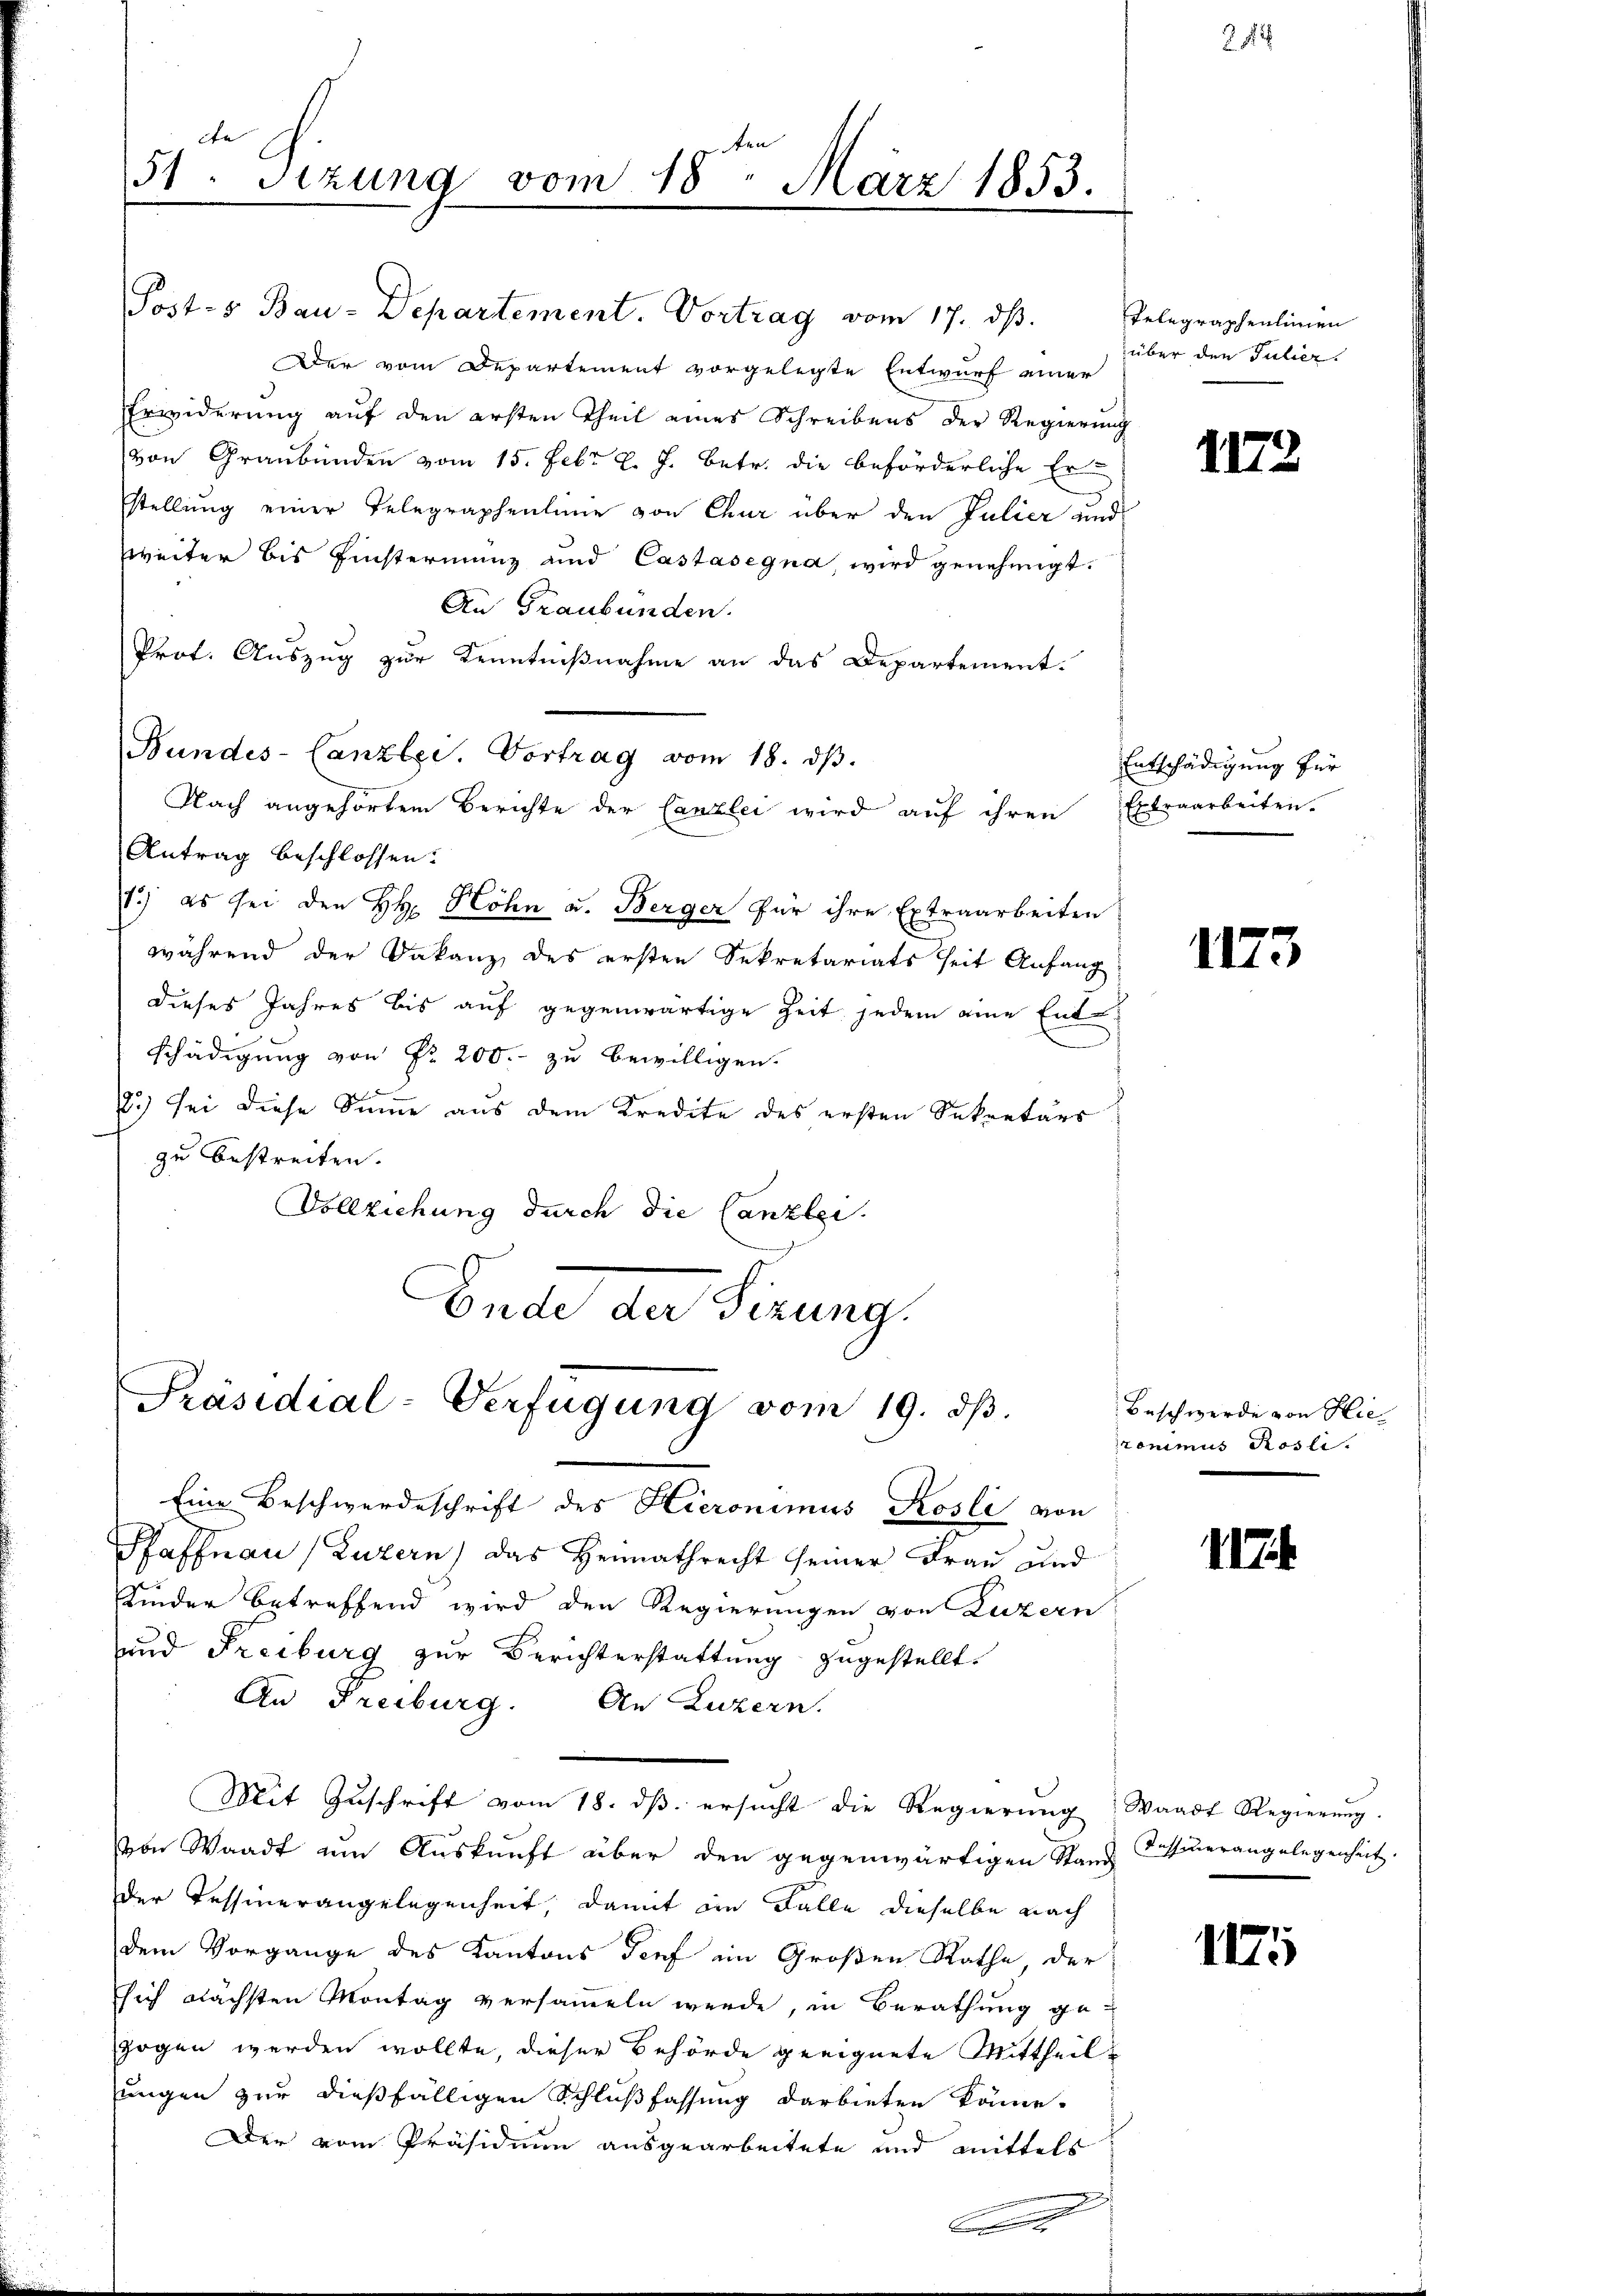
de
bt
51. Sizung vom 18. März 1853.

Postes Bau-Departement. Vortrag vom 17. ds.
Der vom Departement vorgelegte Entwurf einer
Erwiderung auf den ersten Theil eines Schreibens der Regierung
von Graubünden vom 15. Febr. l. J. betr. die beförderliche Er
stellung einer Telegraphenlinie von Chur über den Julier und
zweiter bis Einsteriung und Castasegna, wird genehmigt.
An Graubünden.
Prot. Auszug zur Kenntnißnahme an das Departement.
Nach angehörtem Berichte der Canzlei wird auf ihren Extraarbeiten.
Antrag beschlossen:
1.) es sei den HH. Höhn u. Berger für ihre Extraarbeiten
während der Dakanz, des ersten Sekretariats seit Anfang
dieses Jahres bis auf gegenwärtige Zeit jedem eine Ent-
.
schädigung von Fr. 200.- zu bewilligen.
.) sei diese Summe aus dem Kredite des ersten Sekretärs
zu bestreiten.
Vollziehung durch die Canzlei.
Ende der Sizung.

Bundes-Canzlei. Vortrag vom 18. dβ.

Präsidial-Verfügung vom 19. dβ.

Eine Beschwerdeschrift des Hieronimus Kosli von
Pfaffnau (Luzern) das Heimathrecht seiner Frau und
Kinder betreffend wird den Regierungen von Luzern
und Freiburg zur Berichterstattung zugestellt.
An Freiburg. An Luzern.
Mit Zuschrift vom 18. dβ ersucht die Regierŭng Waadt Regierŭng
von Waadt um Auskunft über den gegenwärtigen Stand Tessiuerangelegenheit
der Tessinerangelegenheit, damit im Falle dieselbe nach
dem Vorgange des Kantons Torf im Großen Rathe, der
sich nächsten Montag versammeln werde, in Berathung gezogen werden wollte, dieser Behörde geeignete Mittheil
ungen zur dießfälligen Schlußfassung darbieten könne.
Der vom Präsidium ausgearbeitete und mittels
2
.

27

Pelegraphenlinien
über den Julier.

1172

Entschädigung für

1173

Beschwerde von Hie
ronimus Posli.

17

1175